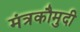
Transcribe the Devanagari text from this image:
मंत्रकौमुदी